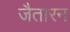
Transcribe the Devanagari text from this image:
जैतारन